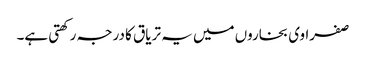
صفراوی بخاروں میں یہ تریاق کا درجہ رکھتی ہے۔